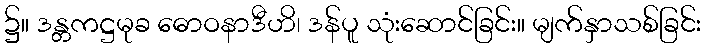
၌။ ဒန္တကဋ္ဌမုခ ဓောဝနာဒီဟိ၊ ဒန်ပူ သုံးဆောင်ခြင်း။ မျက်နှာသစ်ခြင်း